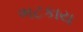
ભટકાય